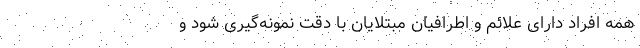
همه افراد دارای علائم و اطرافیان مبتلایان با دقت نمونه‌گیری شود و